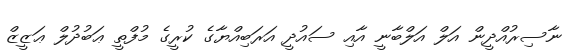
ނާސިރުއްދީން އަލް އަލްބާނީ އާއި ސައުދީ އަރަބިއްޔާގެ ކުރީގެ މުފްތީ ޢަބުދުލް ޢަޒީޒް